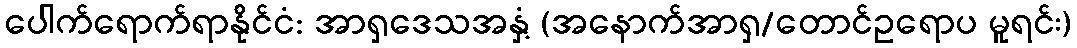
ပေါက်ရောက်ရာနိုင်ငံ: အာရှဒေသအနှံ့ (အနောက်အာရှ/တောင်ဥရောပ မူရင်း)